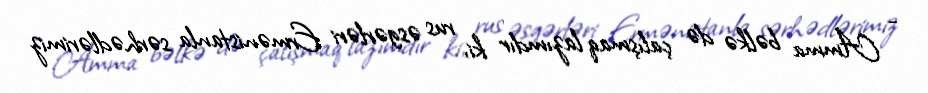
- Amma bəlkə də çalışmaq lazımdır ki, rus əsgərləri Ermənistanla sərhədlərimiz